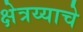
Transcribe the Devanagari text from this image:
क्षेत्रय्याचे